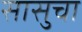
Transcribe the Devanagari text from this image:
सासुचा